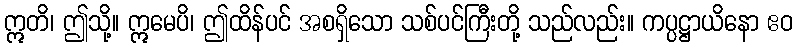
ဣတိ၊ ဤသို့။ ဣမေပိ၊ ဤထိန်ပင် အစရှိသော သစ်ပင်ကြီးတို့ သည်လည်း။ ကပ္ပဋ္ဌာယိနော ဧဝ